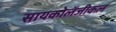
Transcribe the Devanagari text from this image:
सायकोलॅजीकल